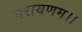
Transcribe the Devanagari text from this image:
परायणम।।